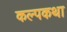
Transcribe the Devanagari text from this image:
कल्पकथा